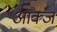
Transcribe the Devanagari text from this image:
आक्ज